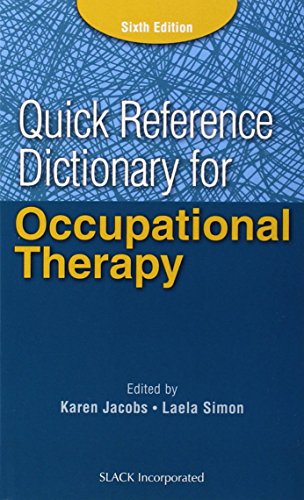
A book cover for Quick Reference Dictionary for Occupational Therapy (Jacobs, Quick Reference Dictionary for Occupational Therapy); Karen Jacobs EdD  OTR/L  CPE  FAOTA; Medical Books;